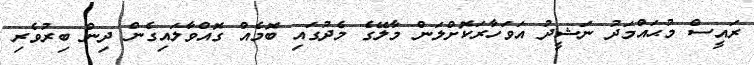
ރައީސް މުޙައްމަދު ނަޝީދު އަވަހާރަކޮށްލަން މާލޭގެ މެދުގައި ބޮމެއް ގޮއްވާލައިގެން ދިން ބިރުވެރި